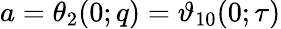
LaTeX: a=\theta_{2}(0;q)=\vartheta_{10}(0;\tau)